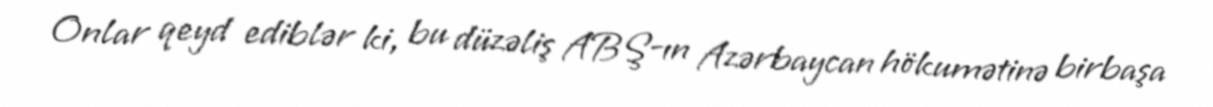
Onlar qeyd ediblər ki, bu düzəliş ABŞ-ın Azərbaycan hökumətinə birbaşa